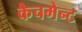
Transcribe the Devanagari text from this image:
कैचमेन्ट